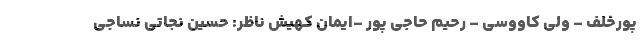
پورخلف – ولی کاووسی – رحیم حاجی پور –ایمان کهیش ناظر: حسین نجاتی نساجی